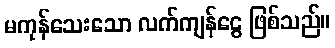
မကုန်သေးသော လက်ကျန်ငွေ ဖြစ်သည်။